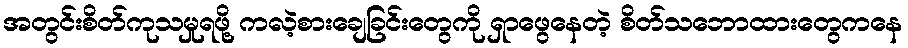
အတွင်းစိတ်ကုသမှုရဖို့ ကလဲ့စားချေခြင်းတွေကို ရှာဖွေနေတဲ့ စိတ်သဘောထားတွေကနေ